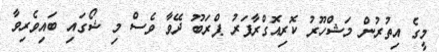
މީގެ އިތުރުން މަޝްހޫރު ކޮރިއޮގްރާފަރު ޕްރަބޫ ދޭވާ ވެސް މި ޝޯގައި ބައިވެރިވާ